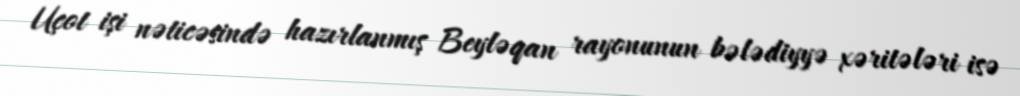
Uçot işi nəticəsində hazırlanmış Beyləqan rayonunun bələdiyyə xəritələri isə